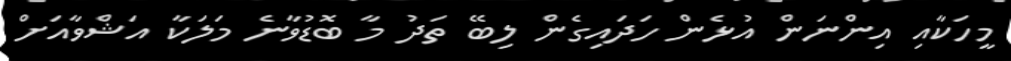
މީހަކާއި އިންނަން އުޅެން ހަދައިގެން ލިބޭ ތަދު މާ ބޮޑުވާނެ މަލަކާ އަޝްވާއަށް